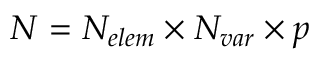
\ensuremath { N } = \ensuremath { N _ { e l e m } } \times \ensuremath { N _ { v a r } } \times p